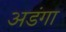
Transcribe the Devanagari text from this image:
अडंगा